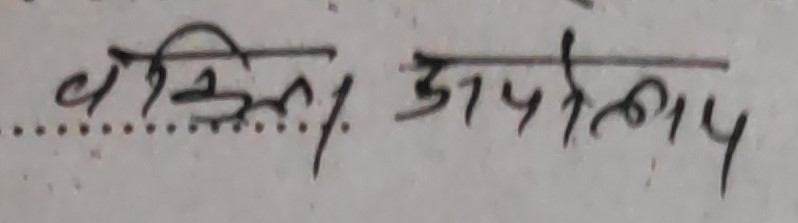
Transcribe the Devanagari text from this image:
वकील अपोलाय